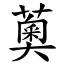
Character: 薁